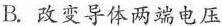
B.改变导体两端电压